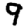
Digit: 9